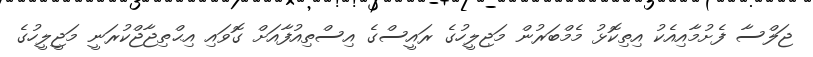
ޖަލްސާ ފެށުމާއިއެކު އިތިކޮޅު މެމްބަރުން މަޖިލީހުގެ ރައީސްގެ އިސްތިއުފާއަށް ގޮވައި އިޙްތިޖާޖްކުރަނީ މަޖީލީހުގެ